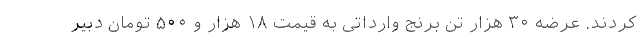
کردند. عرضه ۳۰ هزار تن برنج وارداتی به قیمت ۱۸ هزار و ۵۰۰ تومان دبیر